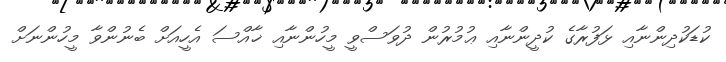
ކުޑަކުދިންނާއި ޅަފުރާގެ ކުދީންނާއި ޢުމުރުން ދުވަސްވީ މީހުންނާއި ޚާއްސަ އެހީއަށް ބެނުންވާ މީހުންނަށް